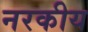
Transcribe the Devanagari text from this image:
नरकीय